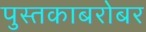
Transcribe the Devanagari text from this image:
पुस्तकाबरोबर